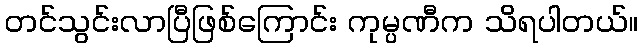
တင်သွင်းလာပြီဖြစ်ကြောင်း ကုမ္ပဏီက သိရပါတယ်။